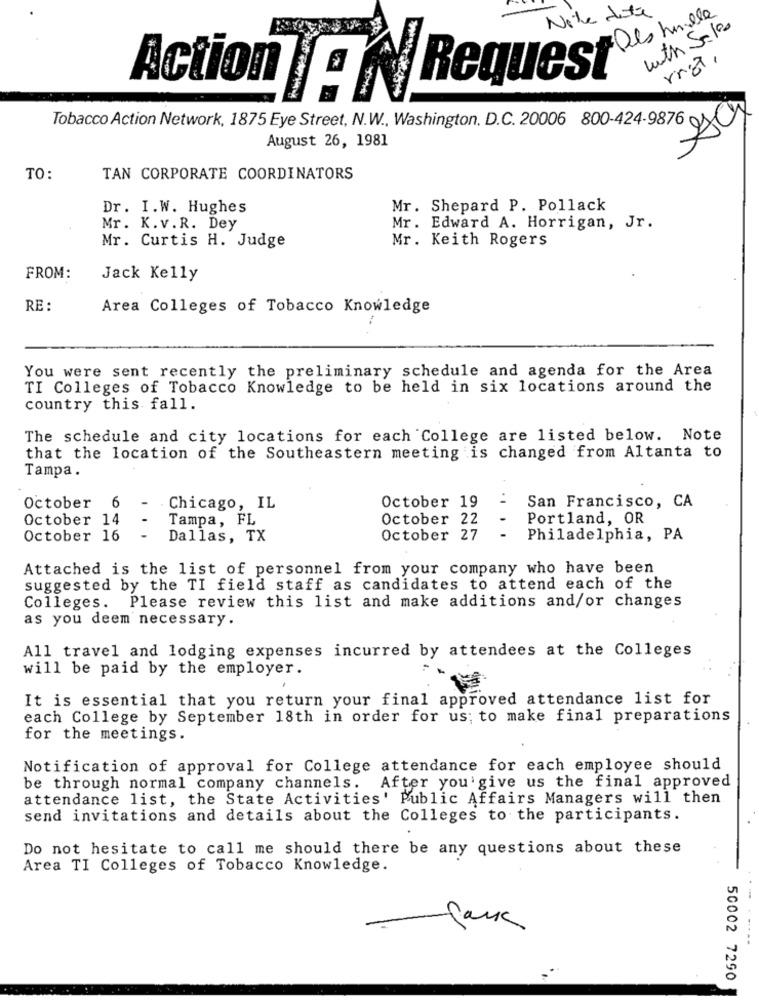
Nite dite
with Sales
rnot,
Action a Request
Tobacco Action Network, 1875 Eye Street, N.W ., Washington, D.C. 20006 800-424-9876 0
August 26, 1981
TO:
TAN CORPORATE COORDINATORS
Dr. I.W. Hughes
Mr. Shepard P. Pollack
Mr. K.v.R. Dey
Mr. Edward A. Horrigan, Jr.
Mr. Curtis H. Judge
Mr. Keith Rogers
FROM:
Jack Kelly
RE :
Area Colleges of Tobacco Knowledge
You were sent recently the preliminary schedule and agenda for the Area
TI Colleges of Tobacco Knowledge to be held in six locations around the
country this fall.
The schedule and city locations for each College are listed below. Note
that the location of the Southeastern meeting is changed from Altanta to
Tampa.
San Francisco, CA
October 6
-
Chicago, IL
October 19
October 14
Tampa, FL
October 22
Portland, OR
October 16
-
Dallas, TX
October 27
Philadelphia, PA
Attached is the list of personnel from your company who have been
suggested by the TI field staff as candidates to attend each of the
Colleges. Please review this list and make additions and/or changes
as you deem necessary.
All travel and lodging expenses incurred by attendees at the Colleges
will be paid by the employer.
It is essential that you return your final approved attendance list for
each College by September 18th in order for us; to make final preparations
for the meetings.
Notification of approval for College attendance for each employee should
be through normal company channels. After you'give us the final approved
attendance list, the State Activities' Public Affairs Managers will then
send invitations and details about the Colleges to the participants.
Do not hesitate to call me should there be any questions about these
Area TI Colleges of Tobacco Knowledge.
50002 7290